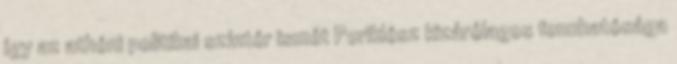
így az athéni politikai színtér ismét Periklész kizárólagos fennhatósága